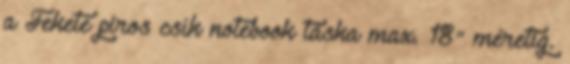
a Fekete piros csík notebook táska max. 18" méretig.